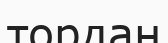
тордан